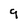
Character: 9